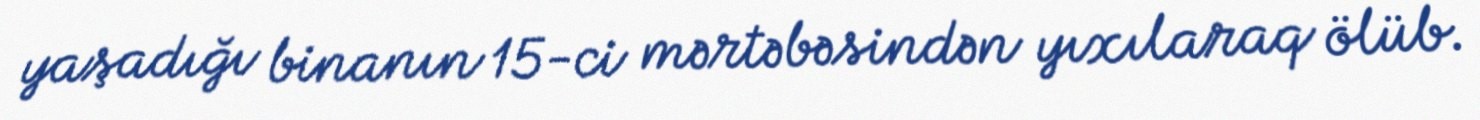
yaşadığı binanın 15-ci mərtəbəsindən yıxılaraq ölüb.